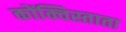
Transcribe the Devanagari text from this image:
कोंक्विस्ताता